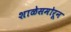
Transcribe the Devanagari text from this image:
शाळेसमोरून